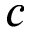
c